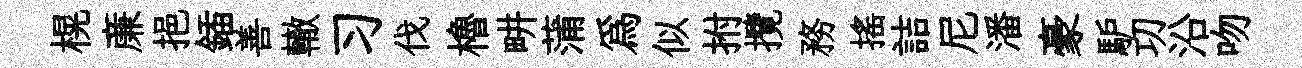
榥亷挹鍤善轍习伐櫓畊蒲爲似拊攬務摇詰尼潘豪馿㓛沿吻